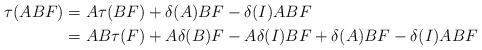
LaTeX: \begin{align*} \tau ( ABF) & = A \tau (BF) + \delta (A) B F - \delta (I) AB F \\& = AB \tau (F) + A \delta (B) F - A \delta (I) B F + \delta (A) B F - \delta (I) AB F \end{align*}